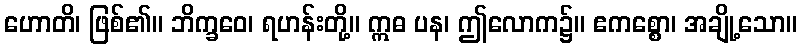
ဟောတိ၊ ဖြစ်၏။ ဘိက္ခဝေ၊ ရဟန်းတို့။ ဣဓ ပန၊ ဤလောက၌။ ဧကစ္စော၊ အချို့သော။